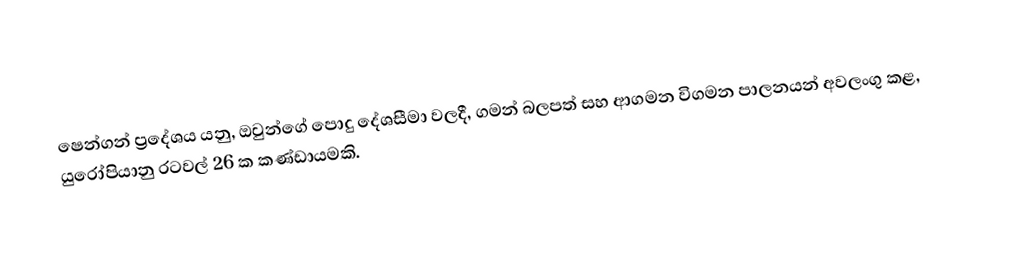
ෂෙන්ගන් ප්‍රදේශය යනු, ඔවුන්ගේ පොදු දේශසීමා වලදී, ගමන් බලපත් සහ ආගමන විගමන පාලනයන් අවලංගු කළ, යුරෝපියානු රටවල් 26 ක කණ්ඩායමකි.